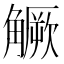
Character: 𧤼